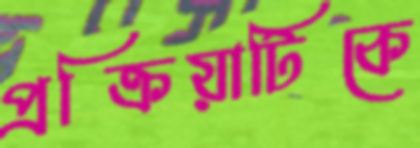
প্রক্রিয়াটিকে